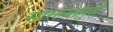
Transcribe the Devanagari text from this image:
सारल्यामुळे